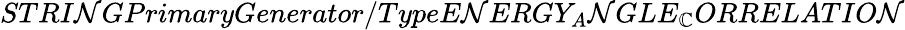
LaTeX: STRI\mathcal{N}GPrimaryGenerator/TypeE\mathcal{N}ERGY_{A}\mathcal{N}GLE_{\mathbb{C}}ORRELATIO\mathcal{N}